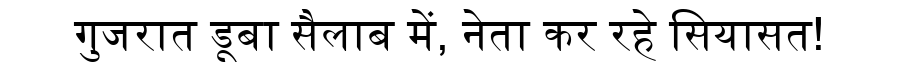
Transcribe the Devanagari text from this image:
गुजरात डूबा सैलाब में, नेता कर रहे सियासत!